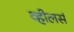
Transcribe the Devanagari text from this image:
व्हीलर्स